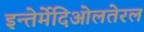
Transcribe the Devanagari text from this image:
इन्तेर्मेदिओलतेरल